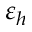
\varepsilon _ { h }